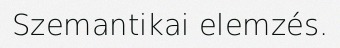
Szemantikai elemzés.